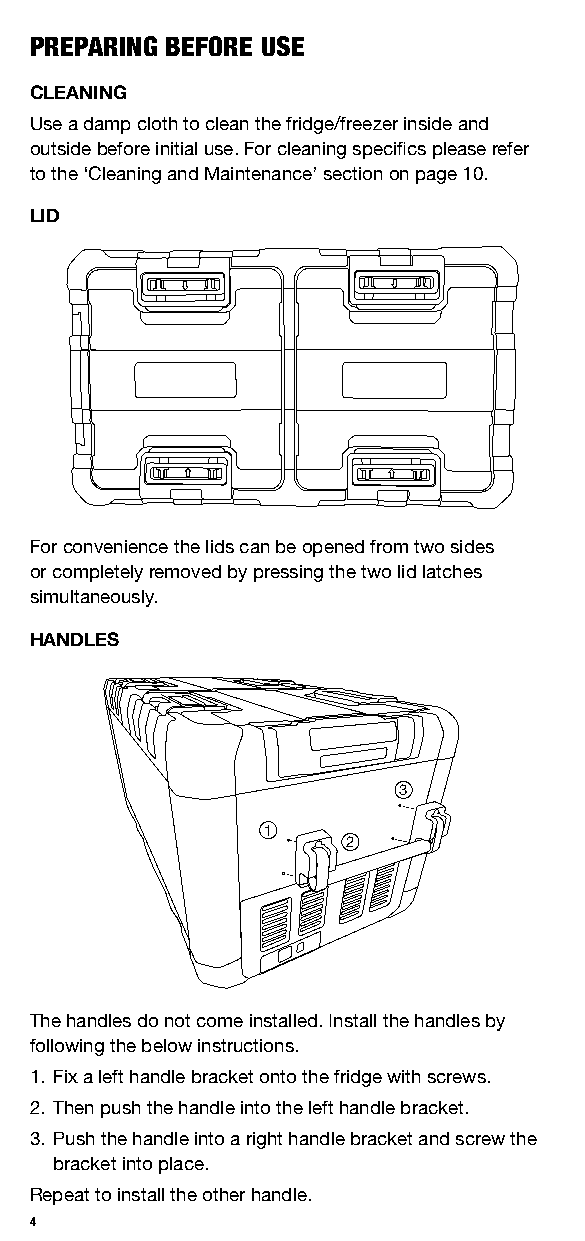
PREPARING BEFORE USE
 CLEANING
 Use a damp cloth to clean the fridge/freezer inside and
 outside before initial use. For cleaning specifics please refer
 to the ‘Cleaning and Maintenance’ section on page 10.
 LID
 For convenience the lids can be opened from two sides
 or completely removed by pressing the two lid latches
 simultaneously.
 HANDLES
 3
 1
 2
 The handles do not come installed. Install the handles by
 following the below instructions.
 1. Fix a left handle bracket onto the fridge with screws.
 2. Then push the handle into the left handle bracket.
 3. Push the handle into a right handle bracket and screw the
 bracket into place.
 Repeat to install the other handle.
 4